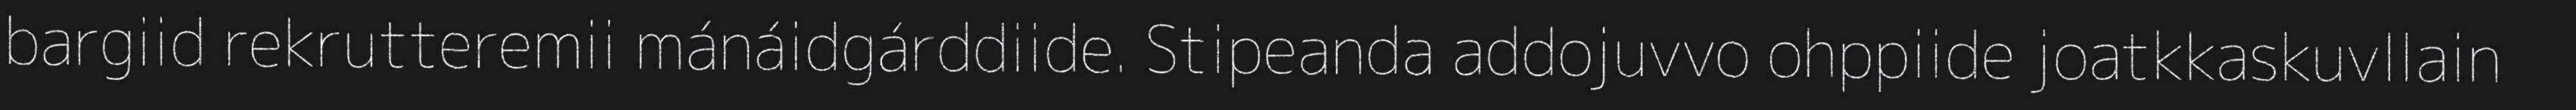
bargiid rekrutteremii mánáidgárddiide. Stipeanda addojuvvo ohppiide joatkkaskuvllain